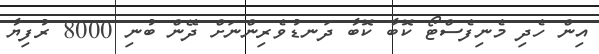
އިން ހެދި މެނިފެސްޓޯ ކޮބާ ކޮބާ ދަނޑުވެރިންނަށް ދޭން ބުނި 8000 ރުފިޔާ